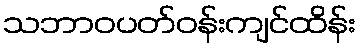
သဘာဝပတ်ဝန်းကျင်ထိန်း